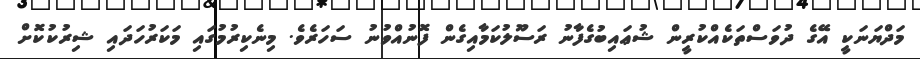
މަދްޔަނަކީ އޭގެ ދުވަސްތަކެއްކުރީން ޝުޢައިބުގެފާނު ރަސޫލުކަމާއިގެން ފޮނުއްވުނު ސަހަރެވެ. މިނެކިރުމުގައި މަކަރުހަދައި ޝިރުކުކޮށް